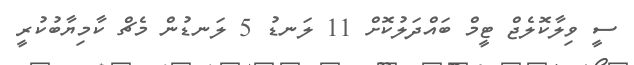
ސީ ވިލާކޮލެޖް ޓީމް ބައްދަލުކޮށް 11 ލަނޑު 5 ލަނޑުން މެޗް ކާމިޔާބުކުރީ